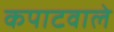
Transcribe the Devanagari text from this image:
कपाटवाले